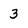
Character: 3